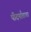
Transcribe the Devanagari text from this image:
पीदमाँताचा